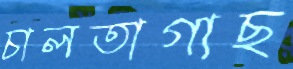
চালতাগাছ